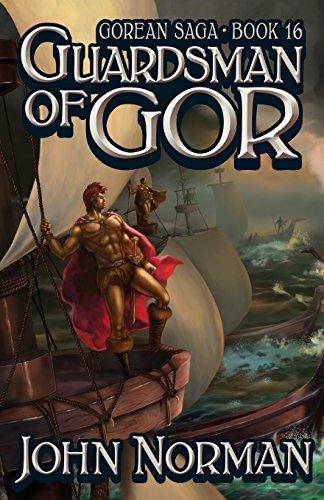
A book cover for Guardsman of Gor (Gorean Saga); John Norman; Romance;